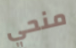
منحي